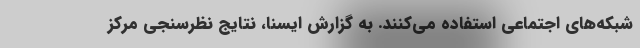
شبکه‌های اجتماعی استفاده می‌کنند. به گزارش ایسنا، نتایج نظرسنجی مرکز